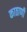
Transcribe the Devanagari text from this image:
काठाणी